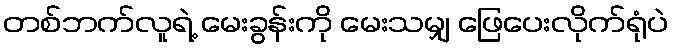
တစ်ဘက်လူရဲ့ မေးခွန်းကို မေးသမျှ ဖြေပေးလိုက်ရုံပဲ